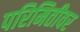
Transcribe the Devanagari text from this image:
परिमितीवर